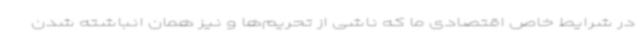
در شرایط خاص اقتصادی ما که ناشی از تحریم‌ها و نیز همان انباشته شدن